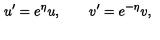
u ^ { \prime } = e ^ { \eta } u , \qquad v ^ { \prime } = e ^ { - \eta } v ,